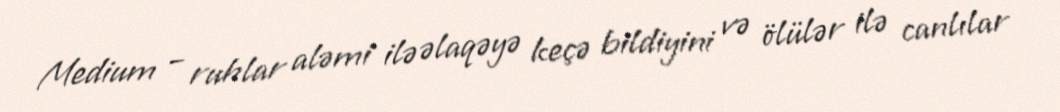
Medium – ruhlar aləmi ilə əlaqəyə keçə bildiyini və ölülər ilə canlılar